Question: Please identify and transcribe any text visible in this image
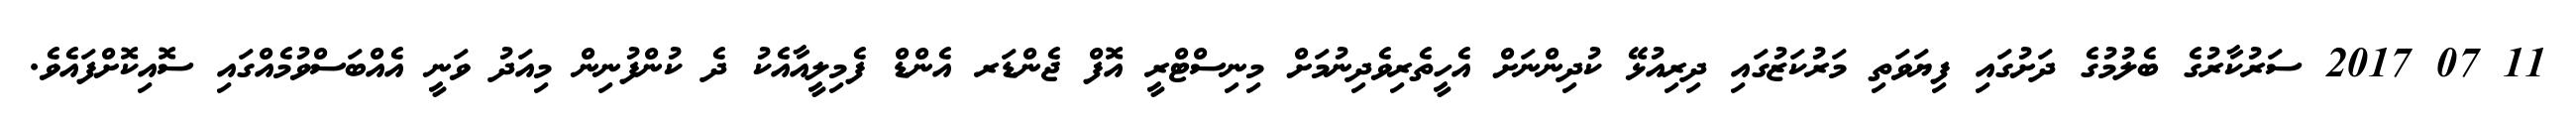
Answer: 11 07 2017 ސަރުކާރުގެ ބެލުމުގެ ދަށުގައި ފިޔަވަތި މަރުކަޒުގައި ދިރިއުޅޭ ކުދިންނަށް އެހީތެރިވެދިނުމަށް މިނިސްޓްރީ އޮފް ޖެންޑަރ އެންޑް ފެމިލީއާއެކު ދެ ކުންފުނިން މިއަދު ވަނީ އެއްބަސްވުމެއްގައި ސޮއިކޮށްފައެވެ.